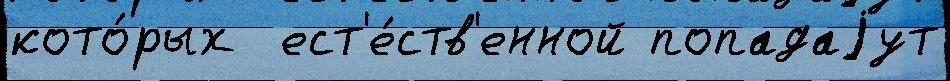
кото́рых  ест'е́ств'енной попадаjут